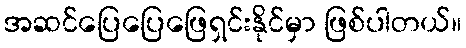
အဆင်ပြေပြေဖြေရှင်းနိုင်မှာ ဖြစ်ပါတယ်။